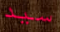
سيد